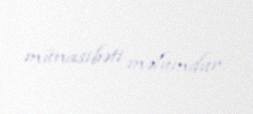
münasibəti məlumdur.